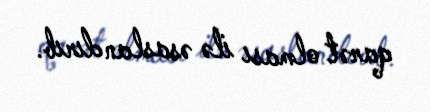
qarət olması ilə əsaslandırıb.